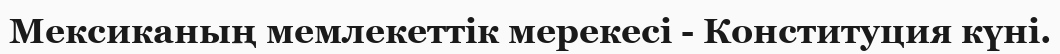
Мексиканың мемлекеттік мерекесі - Конституция күні.